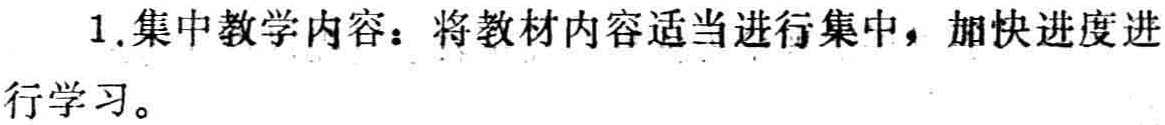
1.集中教学内容：将教材内容适当进行集中，加快进度进

行学习。